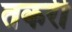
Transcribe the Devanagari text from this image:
तकरी